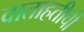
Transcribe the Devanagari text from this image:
वाताहतीची